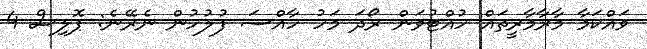
ވައްކަމާ މާރާމާރީތައް ހުއްޓުވަން ރޯދަ މަހު ހާއްސަ ފުލުހުން ނެރޭނެ: ޕޮލިސް 4